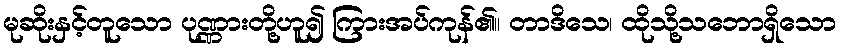
မုဆိုးနှင့်တူသော ပုဏ္ဏားတို့ဟူ၍ ကြားအပ်ကုန်၏။ တာဒိသေ၊ ထိုသို့သဘောရှိသော